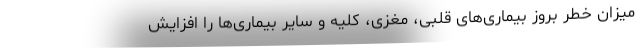
میزان خطر بروز بیماری‌های قلبی، مغزی، کلیه و سایر بیماری‌ها را افزایش